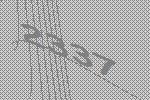
2337